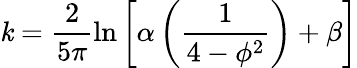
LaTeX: \mathit{k}=\frac{{2}}{{5\pi}}\ln{\left[\alpha\left(\frac{{1}}{{4-\phi^{2}}}\right)+\beta\right]}